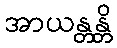
အာယန္တန္တိ